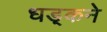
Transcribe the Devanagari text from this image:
धड़्कने